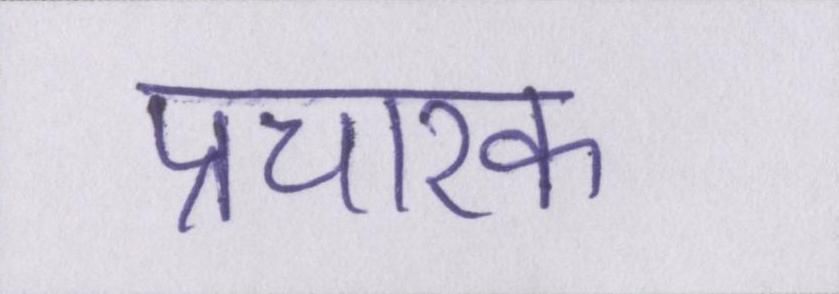
प्रचारक